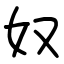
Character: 奴